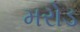
મરોડ